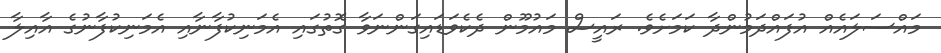
މައްސަލައެއް އުފައްދަމުންދާ ކަމަށެވެ. ރައީސް މައުމޫން ދެކެވަޑައިގަންނަވާ ގޮތުގައި އެމަނިކުފާނާއި އެމަނިކުފާނުގެ އާއިލާ